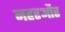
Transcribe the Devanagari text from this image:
नहरऔर